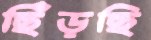
ছিঁড়ছি